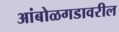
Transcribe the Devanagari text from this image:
आंबोळगडावरील